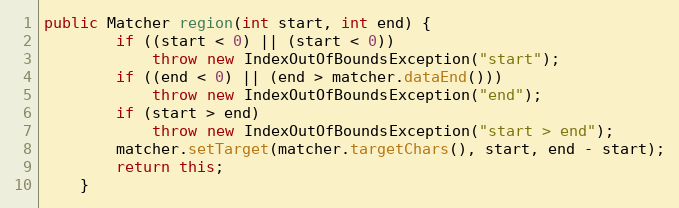
Language: Java
public Matcher region(int start, int end) {
        if ((start < 0) || (start < 0))
            throw new IndexOutOfBoundsException("start");
        if ((end < 0) || (end > matcher.dataEnd()))
            throw new IndexOutOfBoundsException("end");
        if (start > end)
            throw new IndexOutOfBoundsException("start > end");
        matcher.setTarget(matcher.targetChars(), start, end - start);
        return this;
    }